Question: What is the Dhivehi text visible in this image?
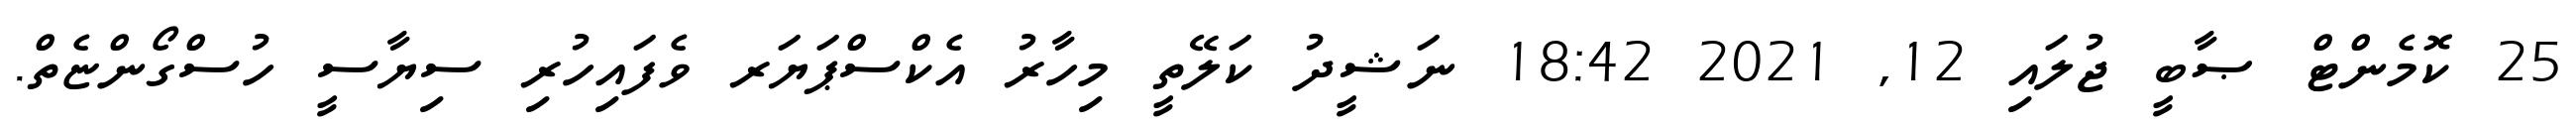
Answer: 25 ކޮމެންޓް ޞާބީ ޖުލައި 12, 2021 18:42 ނަޝީދު ކަލޭތީ މިހާރު އެކްސްޕަޔަރ ވެފައިހުރި ސިޔާސީ ހުސްގޯންޏެތް.